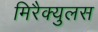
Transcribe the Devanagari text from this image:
मिरैक्युलस